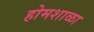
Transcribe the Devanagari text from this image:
होमशाळा